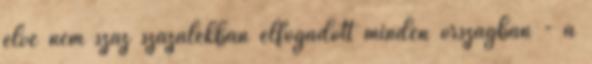
elve nem száz százalékban elfogadott minden országban - a